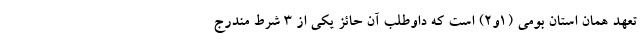
تعهد همان استان بومی (۱و۲) است که داوطلب آن حائز یکی از ٣ شرط مندرج